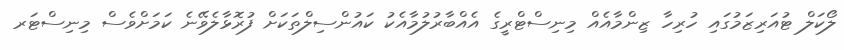
ލޯކަލް ޓުއަރިޒަމުގައި ހުރިހާ ޒިންމާއެއް މިނިސްޓްރީގެ އެއްބާރުލުމާއެކު ކައުންސިލްތަކަށް ފުރޮޅާލެވޭނެ ކަމަށްވެސް މިނިސްޓަރ